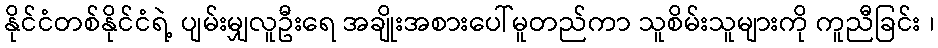
နိုင်ငံတစ်နိုင်ငံရဲ့ ပျမ်းမျှလူဦးရေ အချိုးအစားပေါ်မူတည်ကာ သူစိမ်းသူများကို ကူညီခြင်း ၊